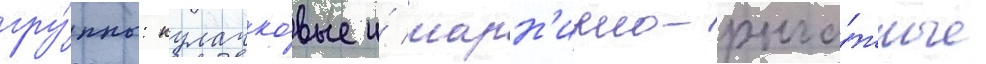
гру́ппы: кулачко́вые и́ шарн'ирно-рыча́жные